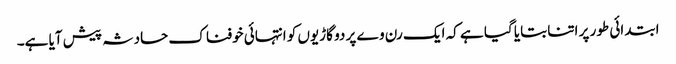
ابتدائی طور پر اتنا بتایا گیا ہے کہ ایک رن وے پر دو گاڑیوں کو انتہائی خوفناک حادثہ پیش آیا ہے۔